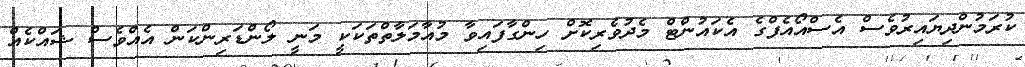
ކުރަމުންދިޔައިރުވެސް އެސްއޯއެފްގެ އެކައުންޓް މެދުވެރިކޮށް ހިންގާފައިވާ މުއާމަލާތްތަކަކީ މަނީ ލޯންޑަރިންކަން އެއްވެސް ޝައްކެއް